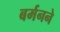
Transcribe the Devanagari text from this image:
बर्मनने